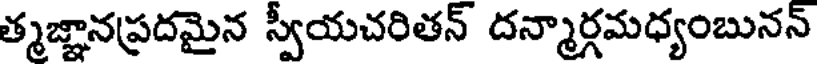
త్మజ్ఞానప్రదమైన స్వీయచరితన్ దన్మార్గమధ్యంబునన్